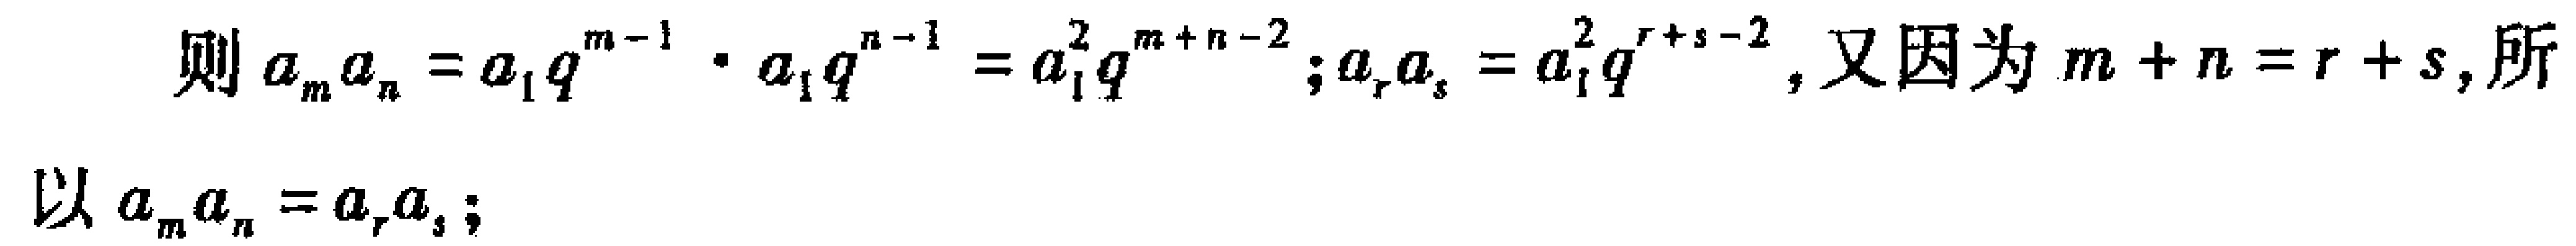
则\(a_{m}a_{n}=a_{1}q^{m - 1}\cdot a_{1}q^{n - 1}=a_{1}^{2}q^{m + n - 2};a_{r}a_{s}=a_{1}^{2}q^{r + s - 2}\)，又因为\(m + n = r + s\)，所以\(a_{m}a_{n}=a_{r}a_{s}\)；